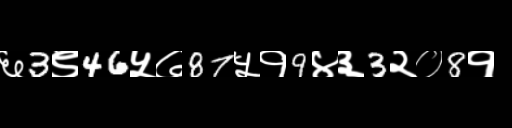
Text: ६3९46५७87५१9४३3२०8१